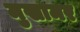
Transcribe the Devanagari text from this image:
मुखामर